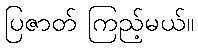
ပြဇာတ် ကြည့်မယ်။